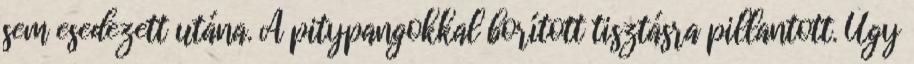
sem esedezett utána. A pitypangokkal borított tisztásra pillantott. Úgy